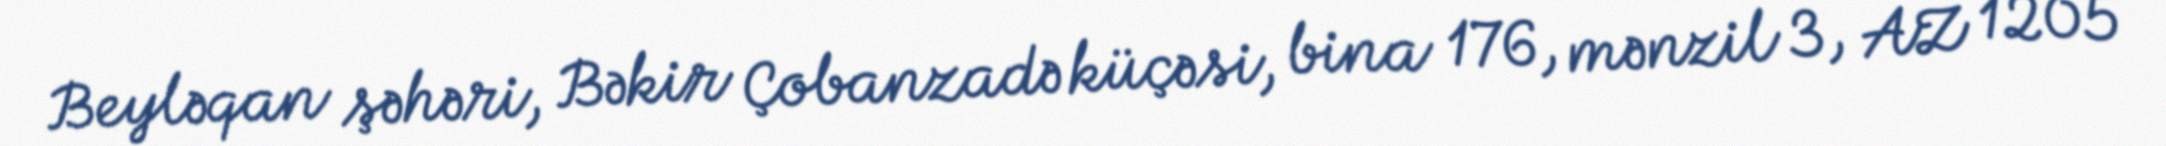
Beyləqan şəhəri, Bəkir Çobanzadə küçəsi, bina 176, mənzil 3, AZ 1205